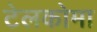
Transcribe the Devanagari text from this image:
टेलकोमा